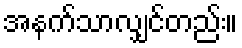
အနက်သာလျှင်တည်း။